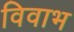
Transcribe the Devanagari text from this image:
विवाभ